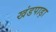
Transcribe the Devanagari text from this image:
खंडपाड़ा